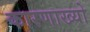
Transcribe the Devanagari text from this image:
कारणाख्यो